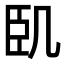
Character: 𠙉